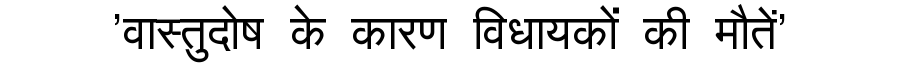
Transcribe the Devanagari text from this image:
'वास्तुदोष के कारण विधायकों की मौतें'